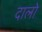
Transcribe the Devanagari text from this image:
दालो